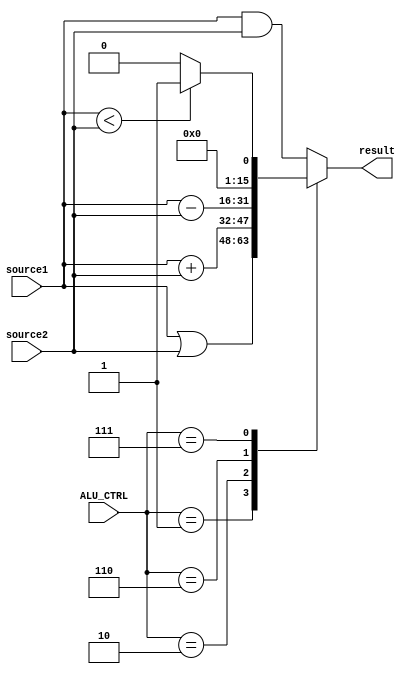
`timescale 1ns / 1ps

module ALU( source1,source2,ALU_CTRL,result);
    input [15:0] source1;
    input [15:0] source2;
    input [3:0] ALU_CTRL;
    output [15:0] result;
    /* add your design */   
    reg [15:0] result;
    always @(*)
    begin
        case(ALU_CTRL) 
	4'b0000: result = source1 & source2;
	4'b0001: result = source1 | source2;
	4'b0010: result = source1 + source2;
	4'b0110: result = source1 - source2;
	4'b0111: begin if (source1<source2) result = 16'd1;
            else result = 16'd0;
    	    end
	default:result = source1 & source2;
	endcase
    end

endmodule